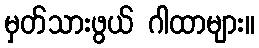
မှတ်သားဖွယ် ဂါထာများ။